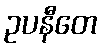
ဥပနီတေ